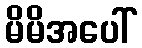
မိမိအပေါ်